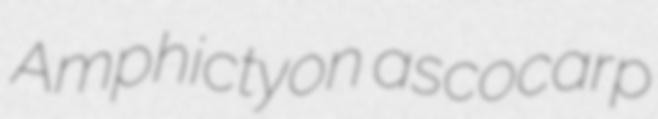
Amphictyon ascocarp